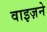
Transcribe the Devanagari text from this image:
वाइज़ने